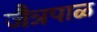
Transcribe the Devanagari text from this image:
जैत्रपाळ